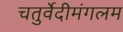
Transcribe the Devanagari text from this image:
चतुर्वेदीमंगलम